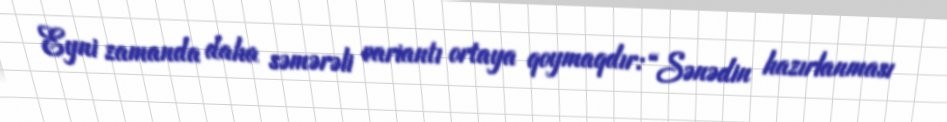
Eyni zamanda daha səmərəli variantı ortaya qoymaqdır: “Sənədin hazırlanması